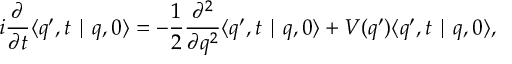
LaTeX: i \frac { \partial } { \partial t } \langle q ^ { \prime } , t \mid q , 0 \rangle = - \frac { 1 } { 2 } \frac { \partial ^ { 2 } } { \partial q ^ { 2 } } \langle q ^ { \prime } , t \mid q , 0 \rangle + V ( q ^ { \prime } ) \langle q ^ { \prime } , t \mid q , 0 \rangle ,